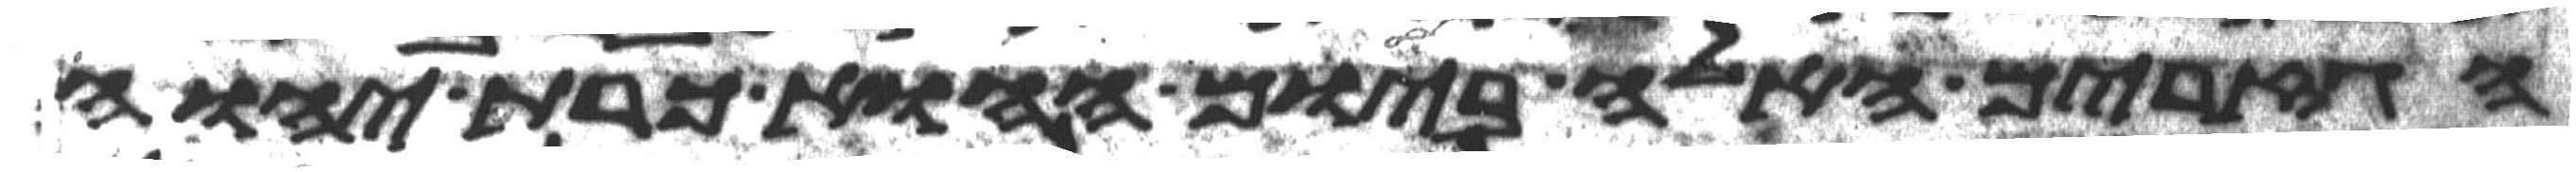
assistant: הגזרים האלה ביום ההוא כרת יהוה